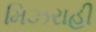
મિઝરાહી